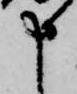
申